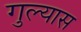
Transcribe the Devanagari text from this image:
गुल्यास